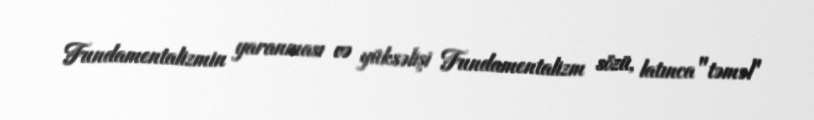
Fundamentalizmin yaranması və yüksəlişi Fundamentalizm sözü, latınca "təməl"